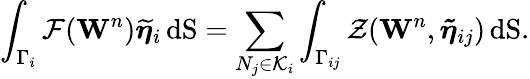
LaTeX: \int_{\Gamma_{i}}\mathbf{\mathcal{F}}(\mathbf{W}^{n})\boldsymbol{\widetilde{\eta}}_{i}\, \mathrm{dS}=\displaystyle\sum_{N_{j}\in{\cal K}_{i}}\displaystyle\int_{\Gamma_{ij}}{\mathcal{Z}}(\mathbf{W}^{n},{\boldsymbol{\tilde{\eta}}}_{ij})\, \mathrm{dS}.